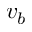
v _ { b }